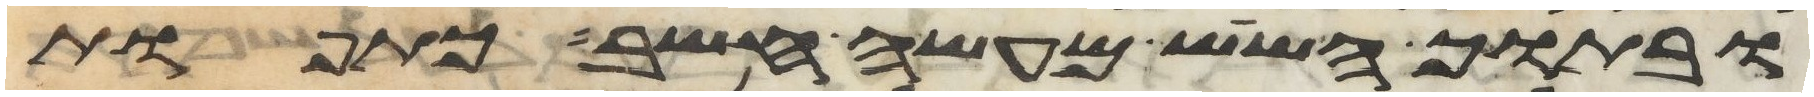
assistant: ובתוך השש מעשה חשב כתפות